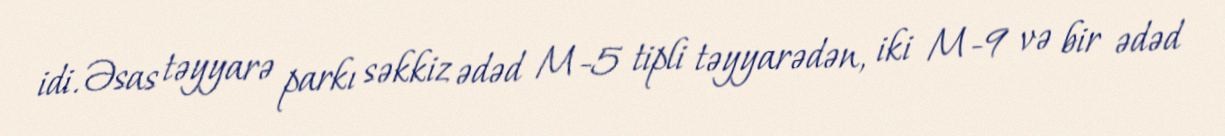
idi. Əsas təyyarə parkı səkkiz ədəd M-5 tipli təyyarədən, iki M-9 və bir ədəd